Lunatic asylums United Provinces 1899-1908 - 1899-1908
Year: 1899
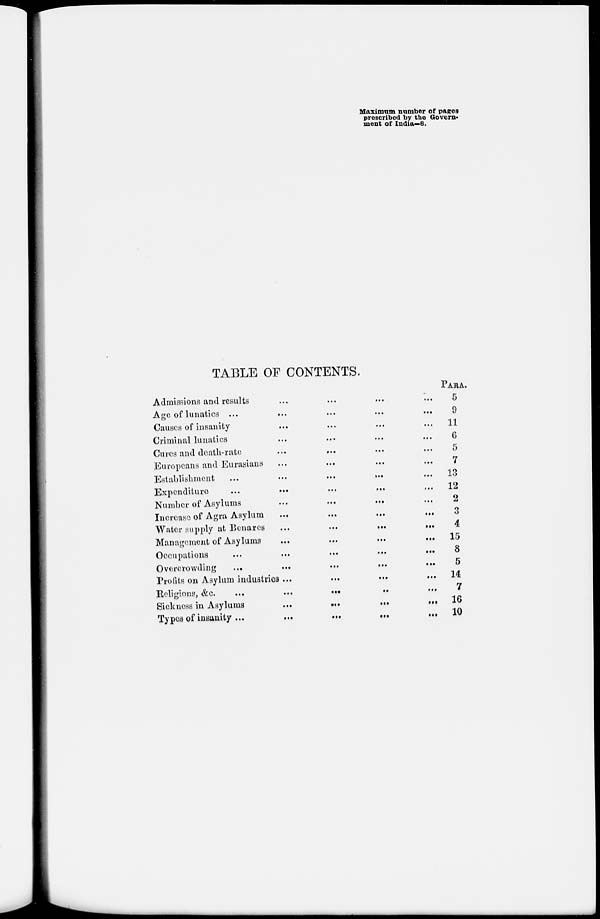
Maximum number of pages
prescribed by the Govern-
ment of India—8.
TABLE OF CONTENTS.
Admissions and results ... ... ... ...
Age of lunatics ... ... ... ... ...
Causes of insanity ... ... ... ...
Criminal lunatics ... ... ... ...
Cures and death-rate
...
...
...
...
Europeans and Eurasians ... ... ... ...
Establishmnt ... ... ... ... ...
Expenditure ... ... ... ... ...
Number of Asylums ... ... ... ...
Increase of Agra Asylum
...
...
...
...
Water supply at Benares
...
...
...
...
Management of Asylums
...
...
...
...
Occupations
...
...
...
...
...
Overcrowding
...
...
...
...
...
Profits on Asylum industries
....
...
...
...
Religions, &c.
...
...
...
...
...
Sickness in Asylums
...
...
...
...
...
Types of insanity
...
...
...
...
...
PARA.
5
9
11
6
5
7
13
12
2
3
4
15
8
5
14
7
16
10